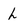
Character: L